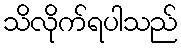
သိလိုက်ရပါသည်